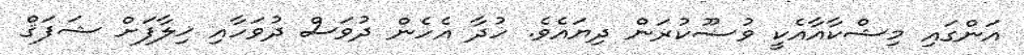
އަންގައި މިޝްކާއާއެކީ ވުޟޫކުރަން ދިޔައެވެ. ހުދާ އެހެން ދުވަސް ދުވަހާއި ޚިލާފަށް ޝަފަޤް